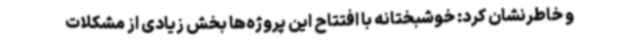
و خاطرنشان کرد: خوشبختانه با افتتاح این پروژه‌ها بخش زیادی از مشکلات